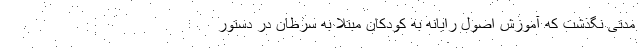
مدتی نگذشت که آموزش اصول رایانه به کودکان مبتلا به سرطان در دستور